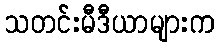
သတင်းမီဒီယာများက